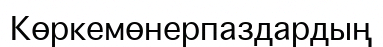
Көркемөнерпаздардың